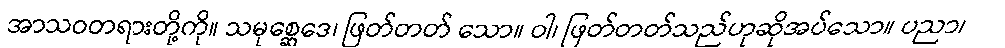
အာသဝတရားတို့ကို။ သမုစ္ဆေဒေ၊ ဖြတ်တတ် သော။ ဝါ၊ ဖြတ်တတ်သည်ဟုဆိုအပ်သော။ ပညာ၊